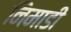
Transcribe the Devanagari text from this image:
निमाडी